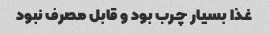
غذا بسیار چرب بود و قابل مصرف نبود